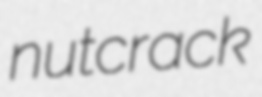
nutcrack